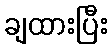
ချထားပြီး